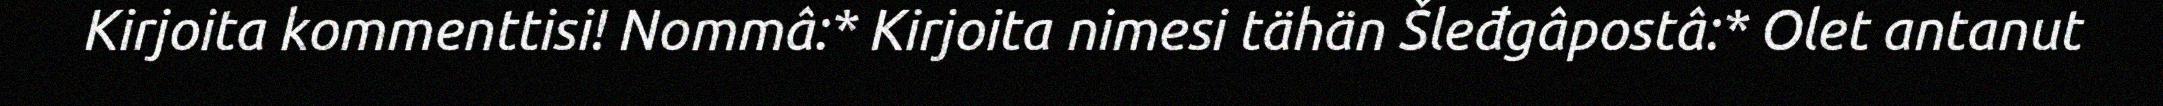
Kirjoita kommenttisi! Nommâ:* Kirjoita nimesi tähän Šleđgâpostâ:* Olet antanut